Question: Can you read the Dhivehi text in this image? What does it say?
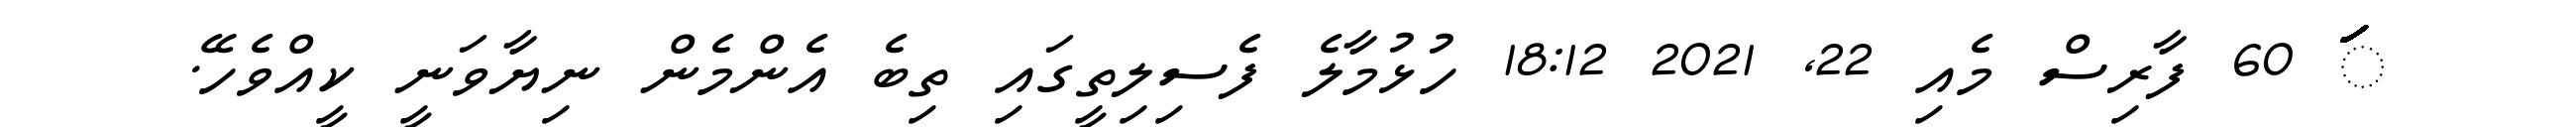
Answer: ަަަަަަަަަަަަަަަަަަަަަަަަަަަަަަަަަަަަަަަަަަަަަަަަަަަަަަަަަަ 60 ފާރިސް މެއި 22, 2021 18:12 ހުޅުމާލެ ފެސިލިތީގައި ތިބެ އެންމެން ނިޔާވަނީ ކީއްވެހޭ.